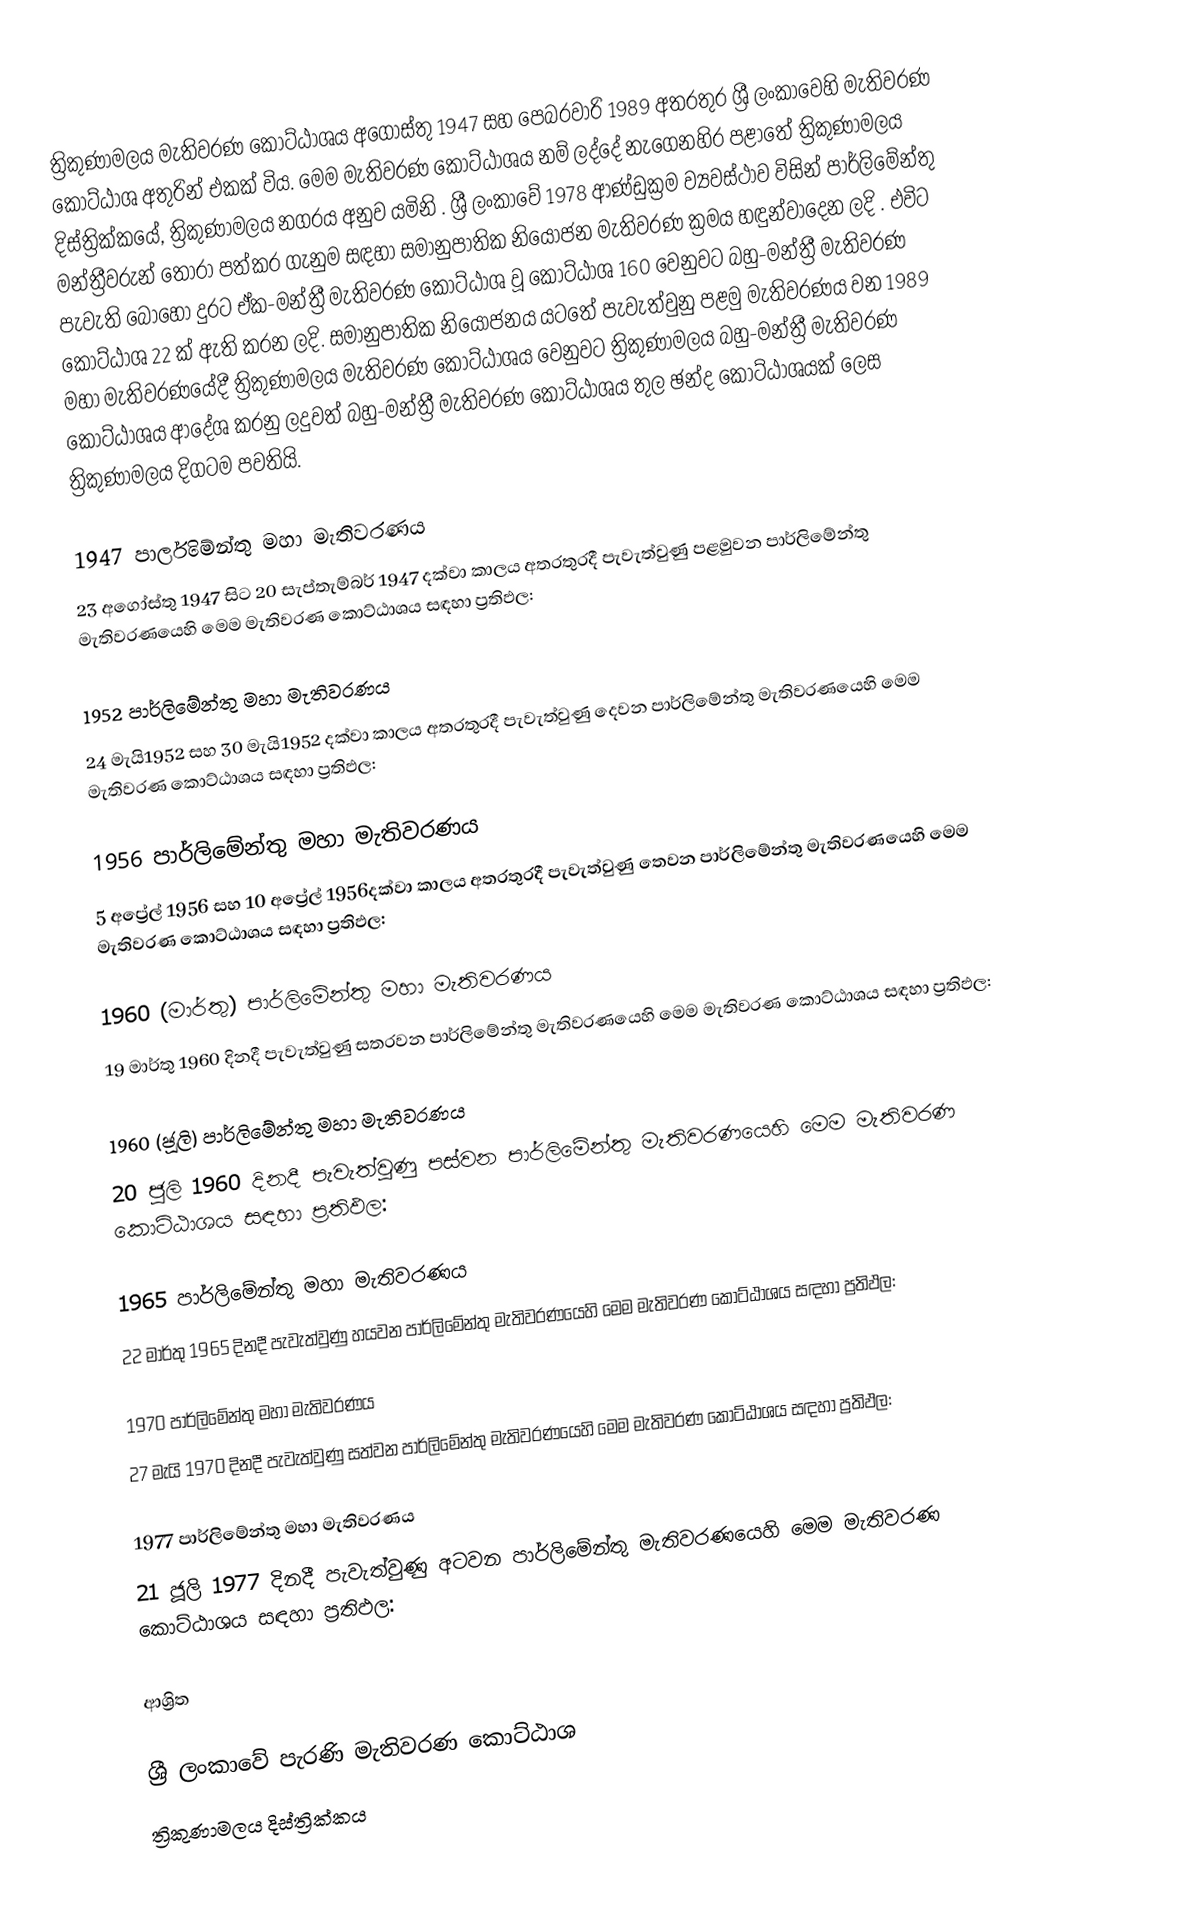
ත්‍රිකුණාමලය මැතිවරණ කොට්ඨාශය  අගෝස්තු 1947 සහ පෙබරවාරි 1989 අතරතුර  ශ්‍රී ලංකාවෙහි  මැතිවරණ කොට්ඨාශ අතුරින් එකක් විය. මෙම මැතිවරණ කොට්ඨාශය නම් ලද්දේ නැගෙනහිර පළාතේ  ත්‍රිකුණාමලය දිස්ත්‍රික්කයේ,  ත්‍රිකුණාමලය නගරය අනුව යමිනි . ශ්‍රී ලංකාවේ 1978 ආණ්ඩුක්‍රම ව්‍යවස්ථාව විසින්   පාර්ලිමේන්තු මන්ත්‍රීවරුන් තෝරා පත්කර ගැනුම සඳහා සමානුපාතික නියෝජන මැතිවරණ ක්‍රමය හඳුන්වාදෙන ලදි . එවිට පැවැති බොහෝ දුරට  ඒක-මන්ත්‍රී මැතිවරණ කොට්ඨාශ වූ කොට්ඨාශ 160 වෙනුවට බහු-මන්ත්‍රී මැතිවරණ කොට්ඨාශ 22 ක් ඇති කරන ලදි. සමානුපාතික නියෝජනය යටතේ පැවැත්වුනු පළමු මැතිවරණය වන 1989 මහා මැතිවරණයේදී  ත්‍රිකුණාමලය මැතිවරණ කොට්ඨාශය වෙනුවට  ත්‍රිකුණාමලය බහු-මන්ත්‍රී මැතිවරණ කොට්ඨාශය  ආදේශ කරනු ලදුවත් බහු-මන්ත්‍රී මැතිවරණ කොට්ඨාශය තුල ඡන්ද කොට්ඨාශයක් ලෙස ත්‍රිකුණාමලය දිගටම පවතියි.

1947 පාර්ලිමේන්තු මහා මැතිවරණය
23 අගෝස්තු 1947 සිට 20 සැප්තැම්බර් 1947 දක්වා කාලය අතරතුරදී පැවැත්වුණු පළමුවන පාර්ලිමේන්තු මැතිවරණයෙහි මෙම මැතිවරණ කොට්ඨාශය සඳහා ප්‍රතිඵල:

1952 පාර්ලිමේන්තු මහා මැතිවරණය
24 මැයි1952 සහ 30 මැයි1952 දක්වා කාලය අතරතුරදී පැවැත්වුණු දෙවන පාර්ලිමේන්තු මැතිවරණයෙහි මෙම මැතිවරණ කොට්ඨාශය සඳහා ප්‍රතිඵල:

1956 පාර්ලිමේන්තු මහා මැතිවරණය
5 අප්‍රේල් 1956 සහ 10 අප්‍රේල් 1956දක්වා කාලය අතරතුරදී පැවැත්වුණු තෙවන පාර්ලිමේන්තු මැතිවරණයෙහි මෙම මැතිවරණ කොට්ඨාශය සඳහා ප්‍රතිඵල:

1960 (මාර්තු) පාර්ලිමේන්තු මහා මැතිවරණය
19 මාර්තු 1960 දිනදී පැවැත්වුණු සතරවන පාර්ලිමේන්තු මැතිවරණයෙහි මෙම මැතිවරණ කොට්ඨාශය සඳහා ප්‍රතිඵල:

1960 (ජූලි) පාර්ලිමේන්තු මහා මැතිවරණය
20 ජූලි 1960 දිනදී පැවැත්වුණු පස්වන පාර්ලිමේන්තු මැතිවරණයෙහි මෙම මැතිවරණ කොට්ඨාශය සඳහා ප්‍රතිඵල:

1965 පාර්ලිමේන්තු මහා මැතිවරණය
22 මාර්තු 1965  දිනදී පැවැත්වුණු හයවන පාර්ලිමේන්තු මැතිවරණයෙහි මෙම මැතිවරණ කොට්ඨාශය සඳහා ප්‍රතිඵල:

1970 පාර්ලිමේන්තු මහා මැතිවරණය
27 මැයි 1970 දිනදී පැවැත්වුණු සත්වන පාර්ලිමේන්තු මැතිවරණයෙහි මෙම මැතිවරණ කොට්ඨාශය සඳහා ප්‍රතිඵල:

1977 පාර්ලිමේන්තු මහා මැතිවරණය
21 ජූලි 1977 දිනදී පැවැත්වුණු අටවන පාර්ලිමේන්තු මැතිවරණයෙහි මෙම මැතිවරණ කොට්ඨාශය සඳහා ප්‍රතිඵල:

ආශ්‍රිත

ශ්‍රී ලංකාවේ පැරණි මැතිවරණ කොට්ඨාශ
ත්‍රිකුණාමලය දිස්ත්‍රික්කය